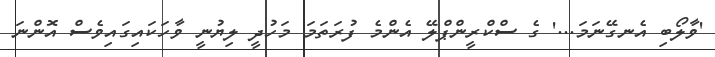
'ވާލޯބި އެނގޭނަމަ...' ގެ ސްކްރީންޕްލޭ އެންމެ ފުރަތަމަ މަހުދީ ލިޔުނީ ވާހަކައިގައިވެސް އޮންނަ